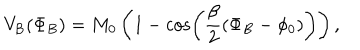
V _ { \mathrm { B } } ( \Phi _ { B } ) = M _ { 0 } \left( 1 - \cos \left( \frac { \beta } { 2 } ( \Phi _ { B } - \phi _ { 0 } ) \right) \right) ,